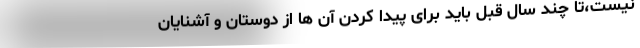
نیست،تا چند سال قبل باید برای پیدا کردن آن ها از دوستان و آشنایان